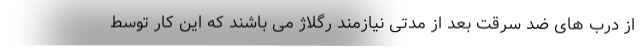
از درب های ضد سرقت بعد از مدتی نیازمند رگلاژ می باشند که این کار توسط